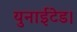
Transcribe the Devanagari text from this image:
युनाईटेड।